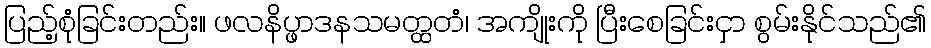
ပြည့်စုံခြင်းတည်း။ ဖလနိပ္ဖာဒနသမတ္ထတံ၊ အကျိုးကို ပြီးစေခြင်းငှာ စွမ်းနိုင်သည်၏